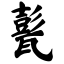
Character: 甏